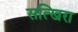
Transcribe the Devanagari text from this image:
सत्खिरा